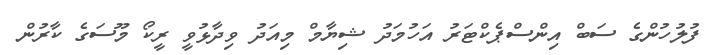
ފުލުހުންގެ ސަބް އިންސްޕެކްޓަރު އަހުމަދު ޝިޔާމް މިއަދު ވިދާޅުވީ ރީކޯ މޫސަގެ ކާރުން